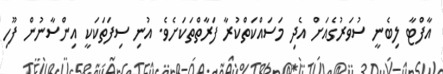
އާފްޓާ ލިބެނީ ސުވަރުގެއަށް އެދި މަސައްކަތްކުރާ ފަރާތްތަކަށެވެ. އުނި ސިފަތަކަކީ އިންސާނުން ފޫހި